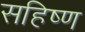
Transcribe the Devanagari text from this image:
सहिष्ण